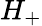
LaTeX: H_{+}